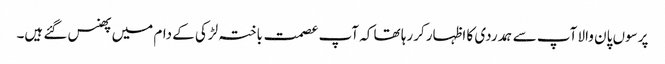
پرسوں پان والا آپ سے ہمدردی کا اظہار کررہا تھا کہ آپ عصمت باختہ لڑکی کے دام میں پھنس گئے ہیں۔